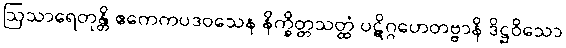
ဩသာရေတုန္တိ ဧကေကပဒဝသေန နိက္ခိတ္တသတ္ထံ ပဋိဂ္ဂဟေတဗ္ဗာနိ ဒိဋ္ဌဝိသော